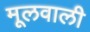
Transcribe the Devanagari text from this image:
मूलवाली